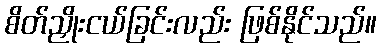
စိတ်ညှိုးငယ်ခြင်းလည်း ဖြစ်နိုင်သည်။